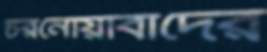
চরনোয়াবাদের